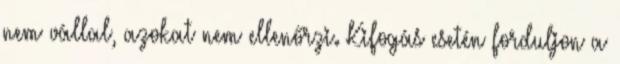
nem vállal, azokat nem ellenőrzi. Kifogás esetén forduljon a